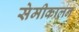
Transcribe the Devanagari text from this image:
सेमीकालन